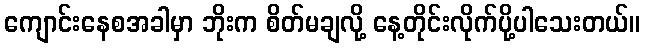
ကျောင်းနေစအခါမှာ ဘိုးက စိတ်မချလို့ နေ့တိုင်းလိုက်ပို့ပါသေးတယ်။